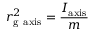
r _ { \mathrm { g } { \mathrm { ~ a x i s } } } ^ { 2 } = { \frac { I _ { \mathrm { a x i s } } } { m } }